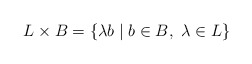
\begin{align*}L\times B=\{\lambda b \mid b\in B, \ \lambda\in L\}\end{align*}